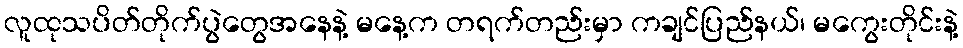
လူထုသပိတ်တိုက်ပွဲတွေအနေနဲ့ မနေ့က တရက်တည်းမှာ ကချင်ပြည်နယ်၊ မကွေးတိုင်းနဲ့